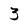
Character: 3